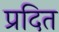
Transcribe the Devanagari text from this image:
प्रदित